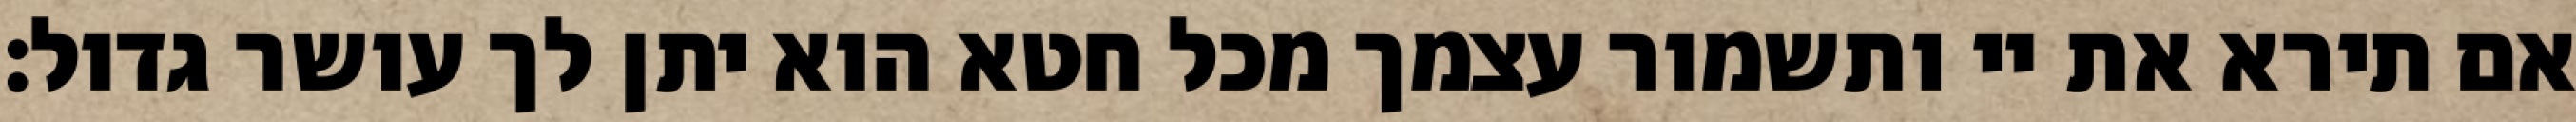
אם תירא את יי ותשמור עצמך מכל חטא הוא יתן לך עושר גדול: